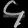
Digit: ၄